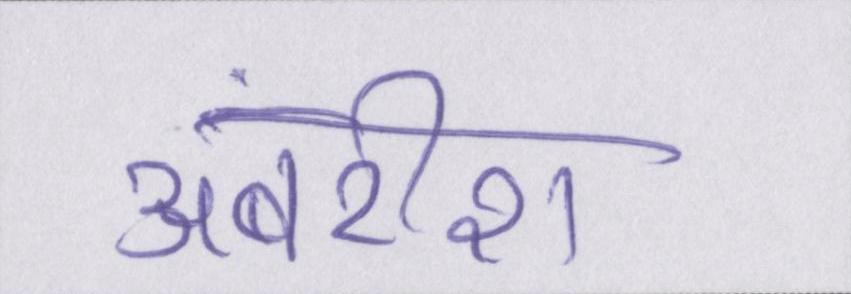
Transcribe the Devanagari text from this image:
अंबरीश